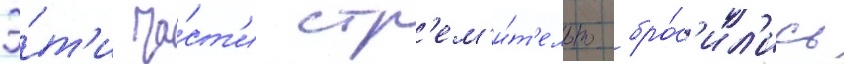
Э́т'и ча́ст'и стр'ем'и́т'ельно бро́с'ил'ись